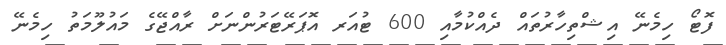
ފޮޓޯ ހިމެނޭ އިޝްތިހާރުތައް ދެއްކުމާއި 600 ޓުއަރ އޮޕަރޭޓަރުންނަށް ރާއްޖޭގެ މައުލޫމަތު ހިމެނޭ